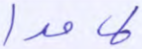
لامدا